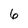
Character: 6